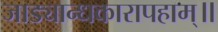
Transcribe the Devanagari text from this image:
जाड्यान्धकारापहाम्‌॥